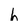
Character: h